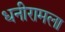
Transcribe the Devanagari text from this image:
धनीरामला